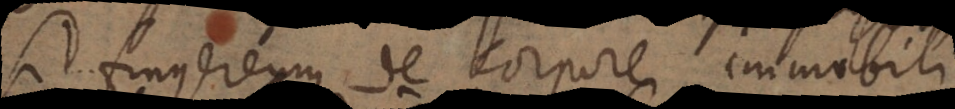
si fingeremus de corpore immobili.